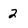
Character: 2